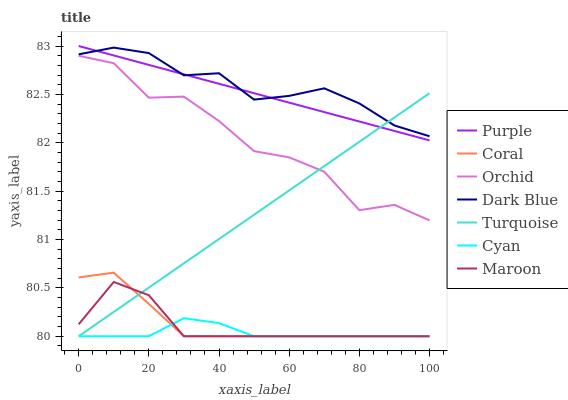
| xaxis_label | Purple | Coral | Orchid | Dark Blue | Turquoise | Cyan | Maroon |
 | --- | --- | --- | --- | --- | --- | --- | --- |
 | 0 | 83 | 80.6 | 82.9 | 82.9 | 80 | 80 | 80.1 |
 | 10 | 82.9 | 80.7 | 82.8 | 83 | 80.3 | 80 | 80.6 |
 | 20 | 82.8 | 80.3 | 82.5 | 82.9 | 80.5 | 80 | 80.4 |
 | 30 | 82.7 | 80 | 82.5 | 82.7 | 80.8 | 80.2 | 80 |
 | 40 | 82.6 | 80 | 82.2 | 82.7 | 81 | 80.1 | 80 |
 | 50 | 82.5 | 80 | 81.9 | 82.4 | 81.3 | 80 | 80 |
 | 60 | 82.4 | 80 | 81.8 | 82.5 | 81.5 | 80 | 80 |
 | 70 | 82.3 | 80 | 81.7 | 82.6 | 81.8 | 80 | 80 |
 | 80 | 82.2 | 80 | 81.3 | 82.4 | 82 | 80 | 80 |
 | 90 | 82.1 | 80 | 81.4 | 82.2 | 82.3 | 80 | 80 |
 | 100 | 82 | 80 | 81.2 | 82.1 | 82.5 | 80 | 80 |